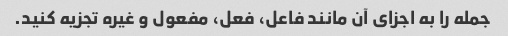
جمله را به اجزای آن مانند فاعل، فعل، مفعول و غیره تجزیه کنید.